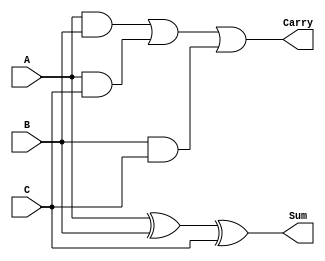
module CarrySaveAdder #(parameter n = 8) (
    input  [n-1:0] A, // First operand
    input  [n-1:0] B, // Second operand
    input  [n-1:0] C, // Third operand
    output [n-1:0] Sum,   // Sum output of the CSA
    output [n-1:0] Carry   // Carry output of the CSA
);

    // Intermediate wires for carry computation
    wire [n-1:0] carry_ab; // Carry bits between A and B
    wire [n-1:0] carry_ac; // Carry bits between A and C
    wire [n-1:0] carry_bc; // Carry bits between B and C

    // Generate the sum bits using XOR
    assign Sum = A ^ B ^ C;

    // Generate the carry bits using AND and OR
    assign carry_ab = A & B;
    assign carry_ac = A & C;
    assign carry_bc = B & C;
    
    // Aggregate carry bits using OR
    assign Carry = carry_ab | carry_ac | carry_bc;

endmodule